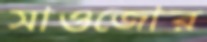
সাওজোর